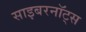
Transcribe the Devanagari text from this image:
साइबरनॉट्स